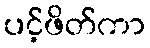
ပင့်ဖိတ်ကာ